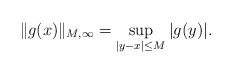
LaTeX: \begin{align*}\|g(x)\|_{M,\infty} = \sup_{|y-x| \leq M} | g(y) |.\end{align*}